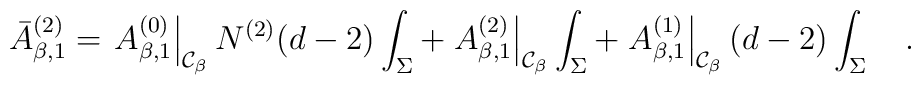
\bar{A}^{(2)}_{\beta,1}=\left. A^{(0)}_{\beta,1}\right|_{{\cal  C}_\beta}N^{(2)}(d-2)\int_{\Sigma}+\left. A^{(2)}_{\beta,1}\right|_{{\cal C}_\beta}\int_{\Sigma} + \left. A^{(1)}_{\beta,1}\right|_{{\cal C}_\beta}(d-2)\int_{\Sigma}~~~.